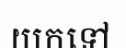
យកទៅ